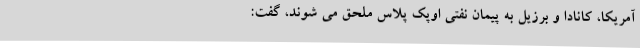
آمریکا، کانادا و برزیل به پیمان نفتی اوپک پلاس ملحق می شوند، گفت: